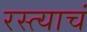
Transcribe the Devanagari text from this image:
रस्त्याचं